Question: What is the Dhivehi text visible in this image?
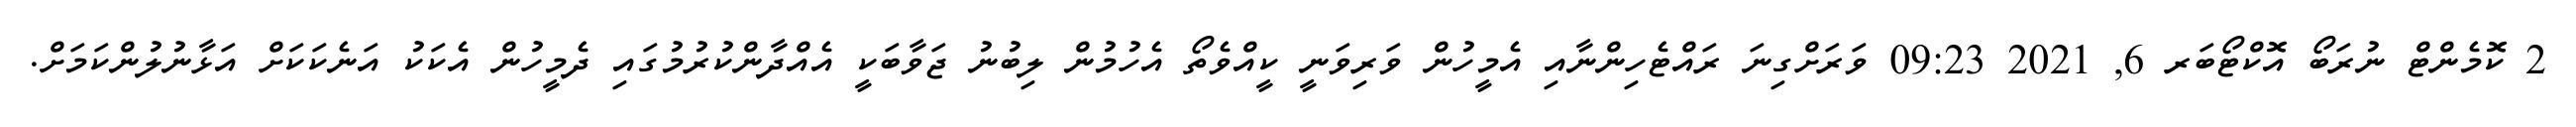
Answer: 2 ކޮމެންޓް ނުރަބޯ އޮކްޓޯބަރ 6, 2021 09:23 ވަރަށްގިނަ ރައްޓެހިންނާއި އެމީހުން ވަރިވަނީ ކީއްވެތޯ އެހުމުން ލިބުނު ޖަވާބަކީ އެއްދާންކުރުމުގައި ދެމީހުން އެކަކު އަނެކަކަށް އަޅާނުލުންކަމަށް.